65_HS1-834228961_62-HQ-83894_Section_10
Agency: FBI
Page 24
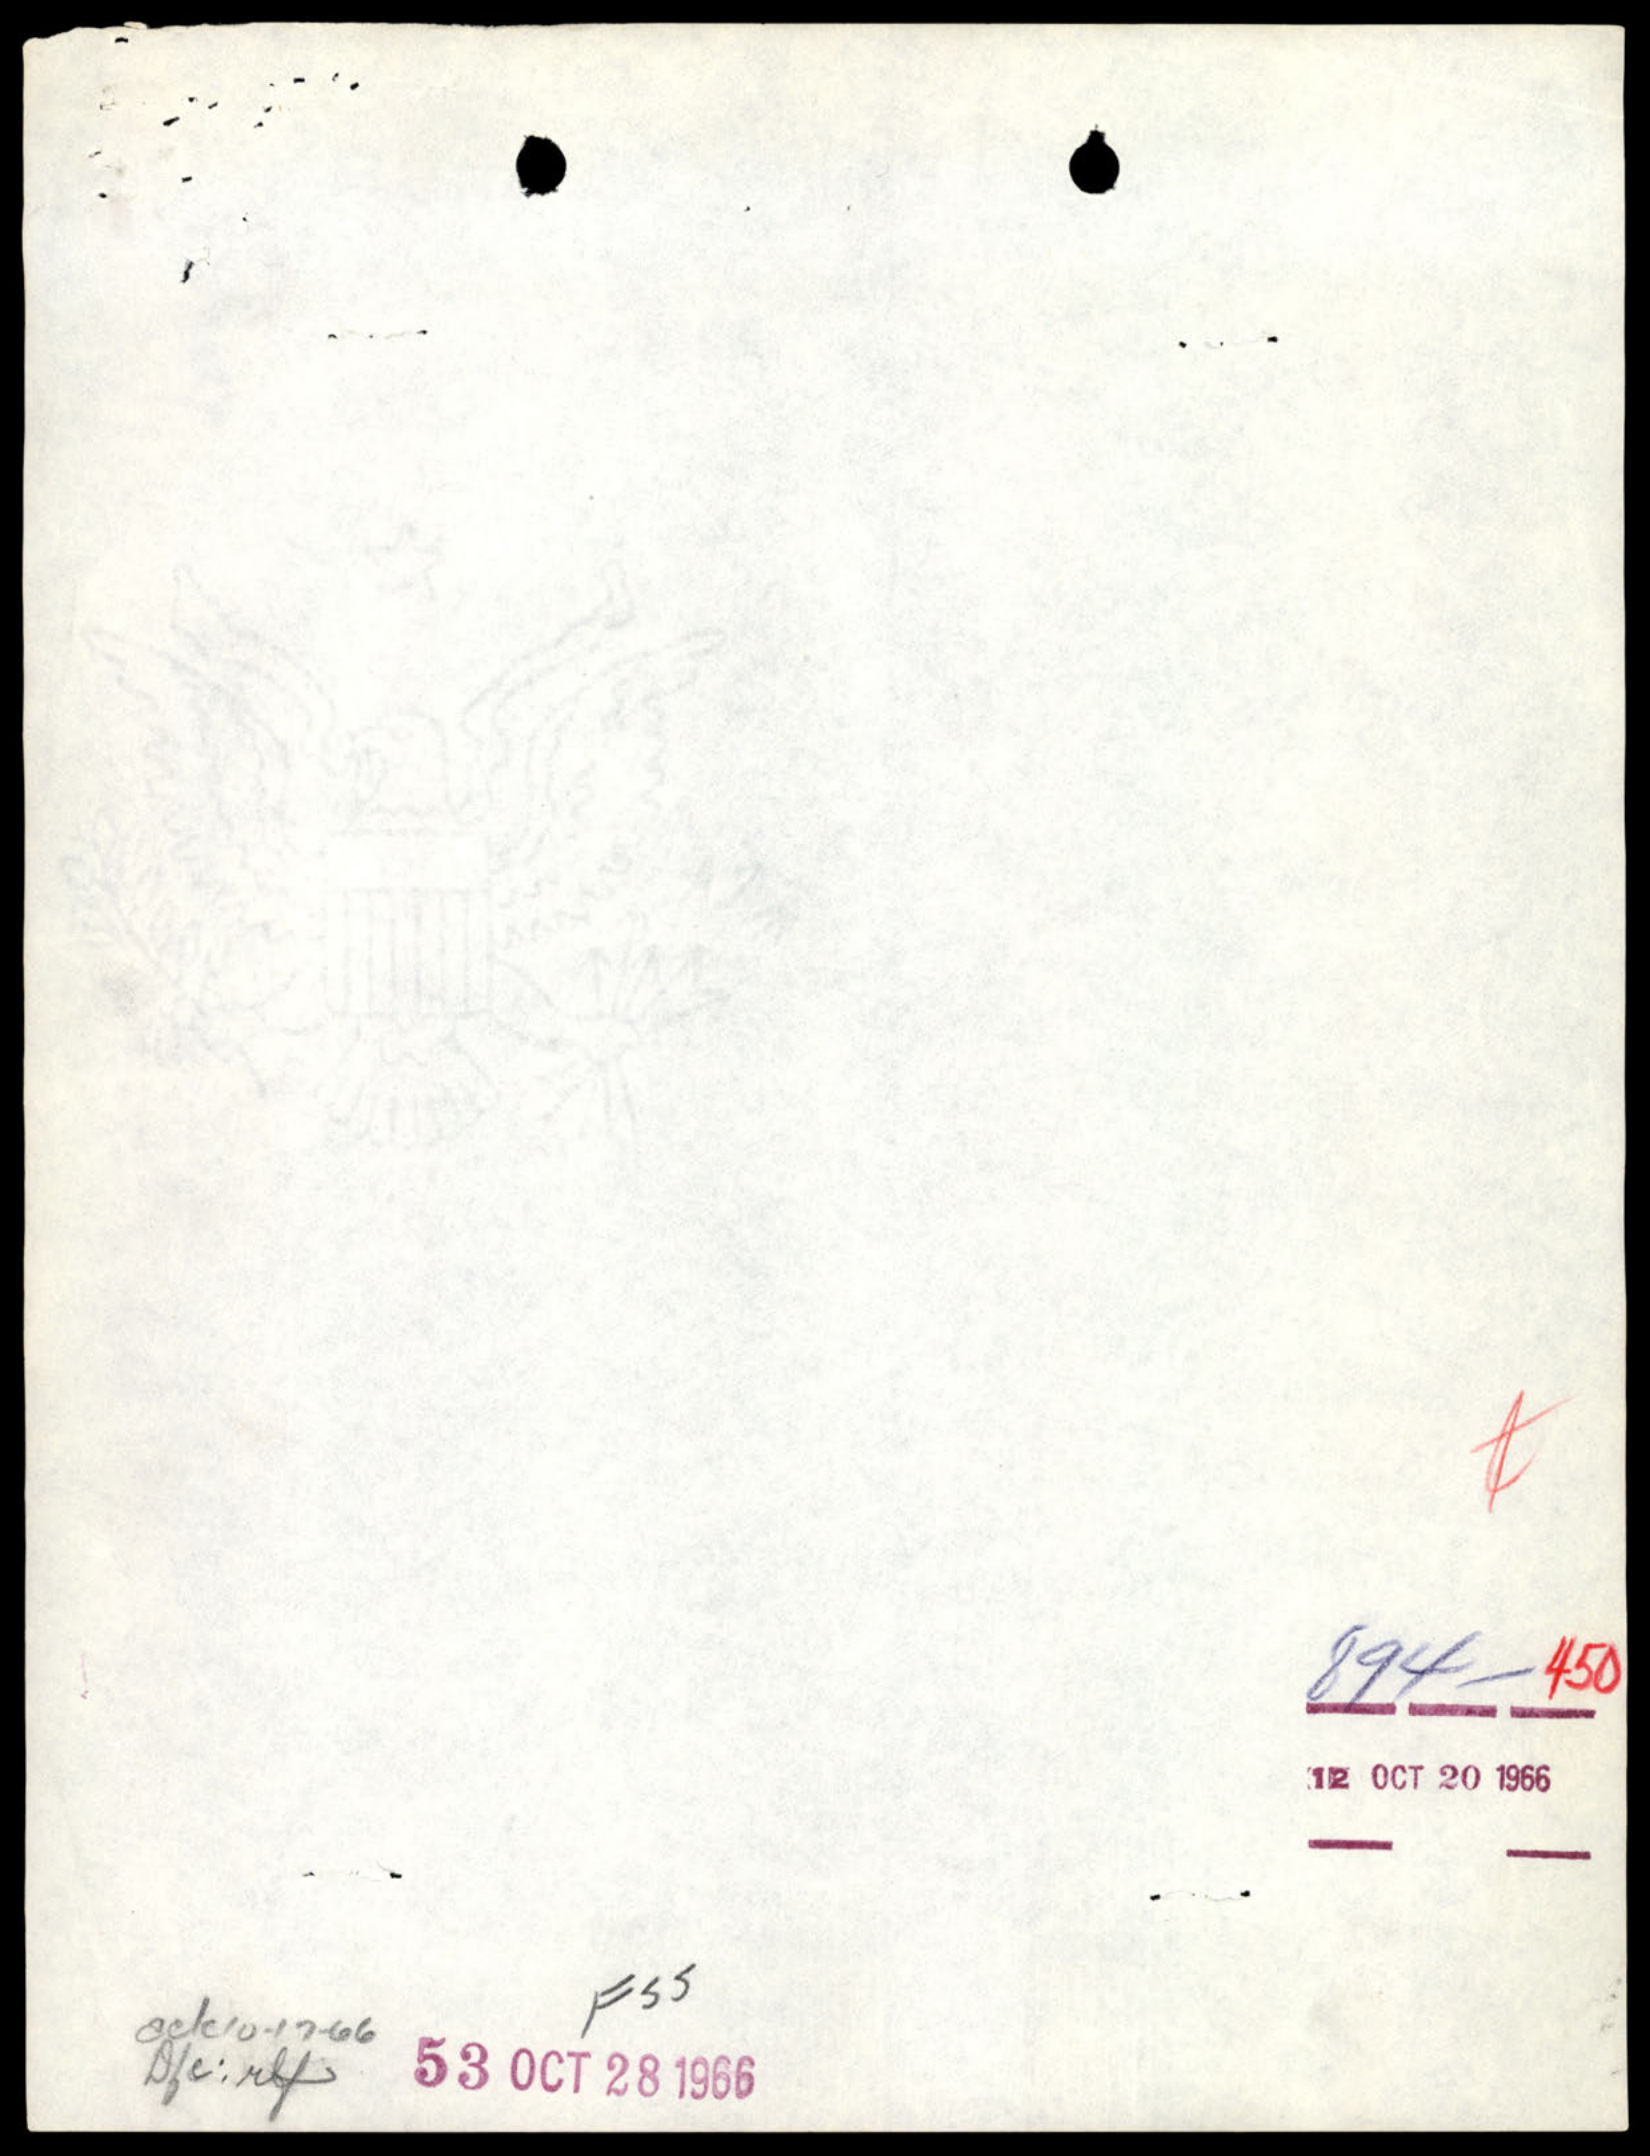